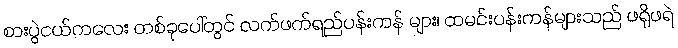
စားပွဲငယ်ကလေး တစ်ခုပေါ်တွင် လက်ဖက်ရည်ပန်းကန် များ၊ ထမင်းပန်းကန်များသည် ဖရိုဖရဲ